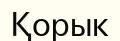
Қорык